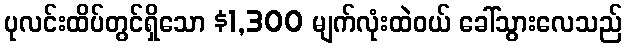
ပုလင်းထိပ်တွင်ရှိသော $1,300 မျက်လုံးထဲဝယ် ခေါ်သွားလေသည်